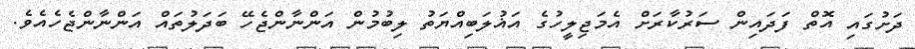
ދަށުގައި އޮތް ފަދައިން ސަރުކާރަށް އެމަޖިލީހުގެ އަޣުލަބިއްޔަތު ލިބުމުން އަންނާންޖެހޭ ބަދަލުތައް އަންނާންޖެހެއެވެ.